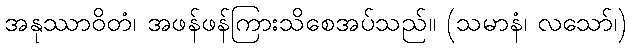
အနုဿာဝိတံ၊ အဖန်ဖန်ကြားသိစေအပ်သည်။ (သမာနံ၊ လသော်၊)